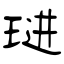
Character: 琎